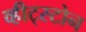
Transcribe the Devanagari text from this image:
व्हीट्स्टोन